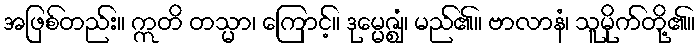
အဖြစ်တည်း။ ဣတိ တသ္မာ၊ ကြောင့်။ ဒုမ္မေဇ္ဈံ၊ မည်၏။ ဗာလာနံ၊ သူမိုက်တို့၏။